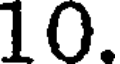
10.